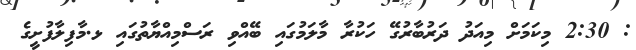
: 2:30 މިކަމަށް މިއަދު ދަރުބާރުގޭ ހަކުރާ މާލަމުގައި ބޭއްވި ރަސްމިއްޔާތުގައި ޅ.މާފިލާފުށީގެ